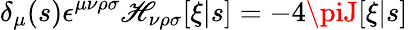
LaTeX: \delta_{\mu}(s)\epsilon^{\mu\nu\rho\sigma}\mathscr{H}_{\nu\rho\sigma}[\xi|s]=-4\piJ[\xi|s]